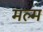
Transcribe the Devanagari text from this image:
मल्म